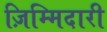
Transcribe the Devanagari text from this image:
ज़िम्मिदारी